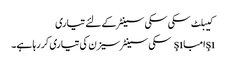
کیبلٹ سکی سکی سینٹر کے لئے تیاری
şıامباşı سکی سینٹر سیزن کی تیاری کر رہا ہے۔